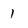
Character: I